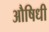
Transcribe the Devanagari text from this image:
औषिधी